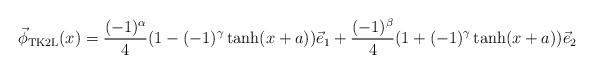
LaTeX: \begin{align*}\vec{\phi}_{\rm TK2L}(x)= \frac{(-1)^\alpha}{4}(1-(-1)^\gamma\tanh(x+a))\vec{e}_1+ \frac{(-1)^\beta}{4} (1+(-1)^\gamma\tanh(x+a))\vec{e}_2\end{align*}